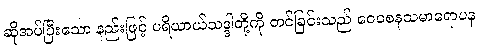
ဆိုအပ်ပြီးသော နည်းဖြင့် ပရိယာယ်သဒ္ဒါတို့ကို တင်ခြင်းသည် ဝေဝစနသမာရောပန